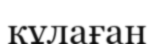
кұлаған